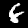
Digit: 6